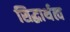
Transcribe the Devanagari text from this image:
सिद्धार्थत्व